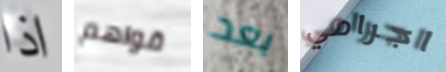
اذا قواهم بعد اجرامي